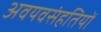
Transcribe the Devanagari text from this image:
अवयवसंहतियों